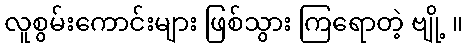
လူစွမ်းကောင်းများ ဖြစ်သွား ကြရောတဲ့ ဗျို့ ။